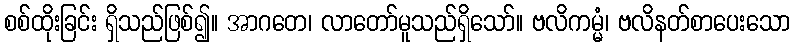
စစ်ထိုးခြင်း ရှိသည်ဖြစ်၍။ အာဂတေ၊ လာတော်မူသည်ရှိသော်။ ဗလိကမ္မံ၊ ဗလိနတ်စာပေးသော